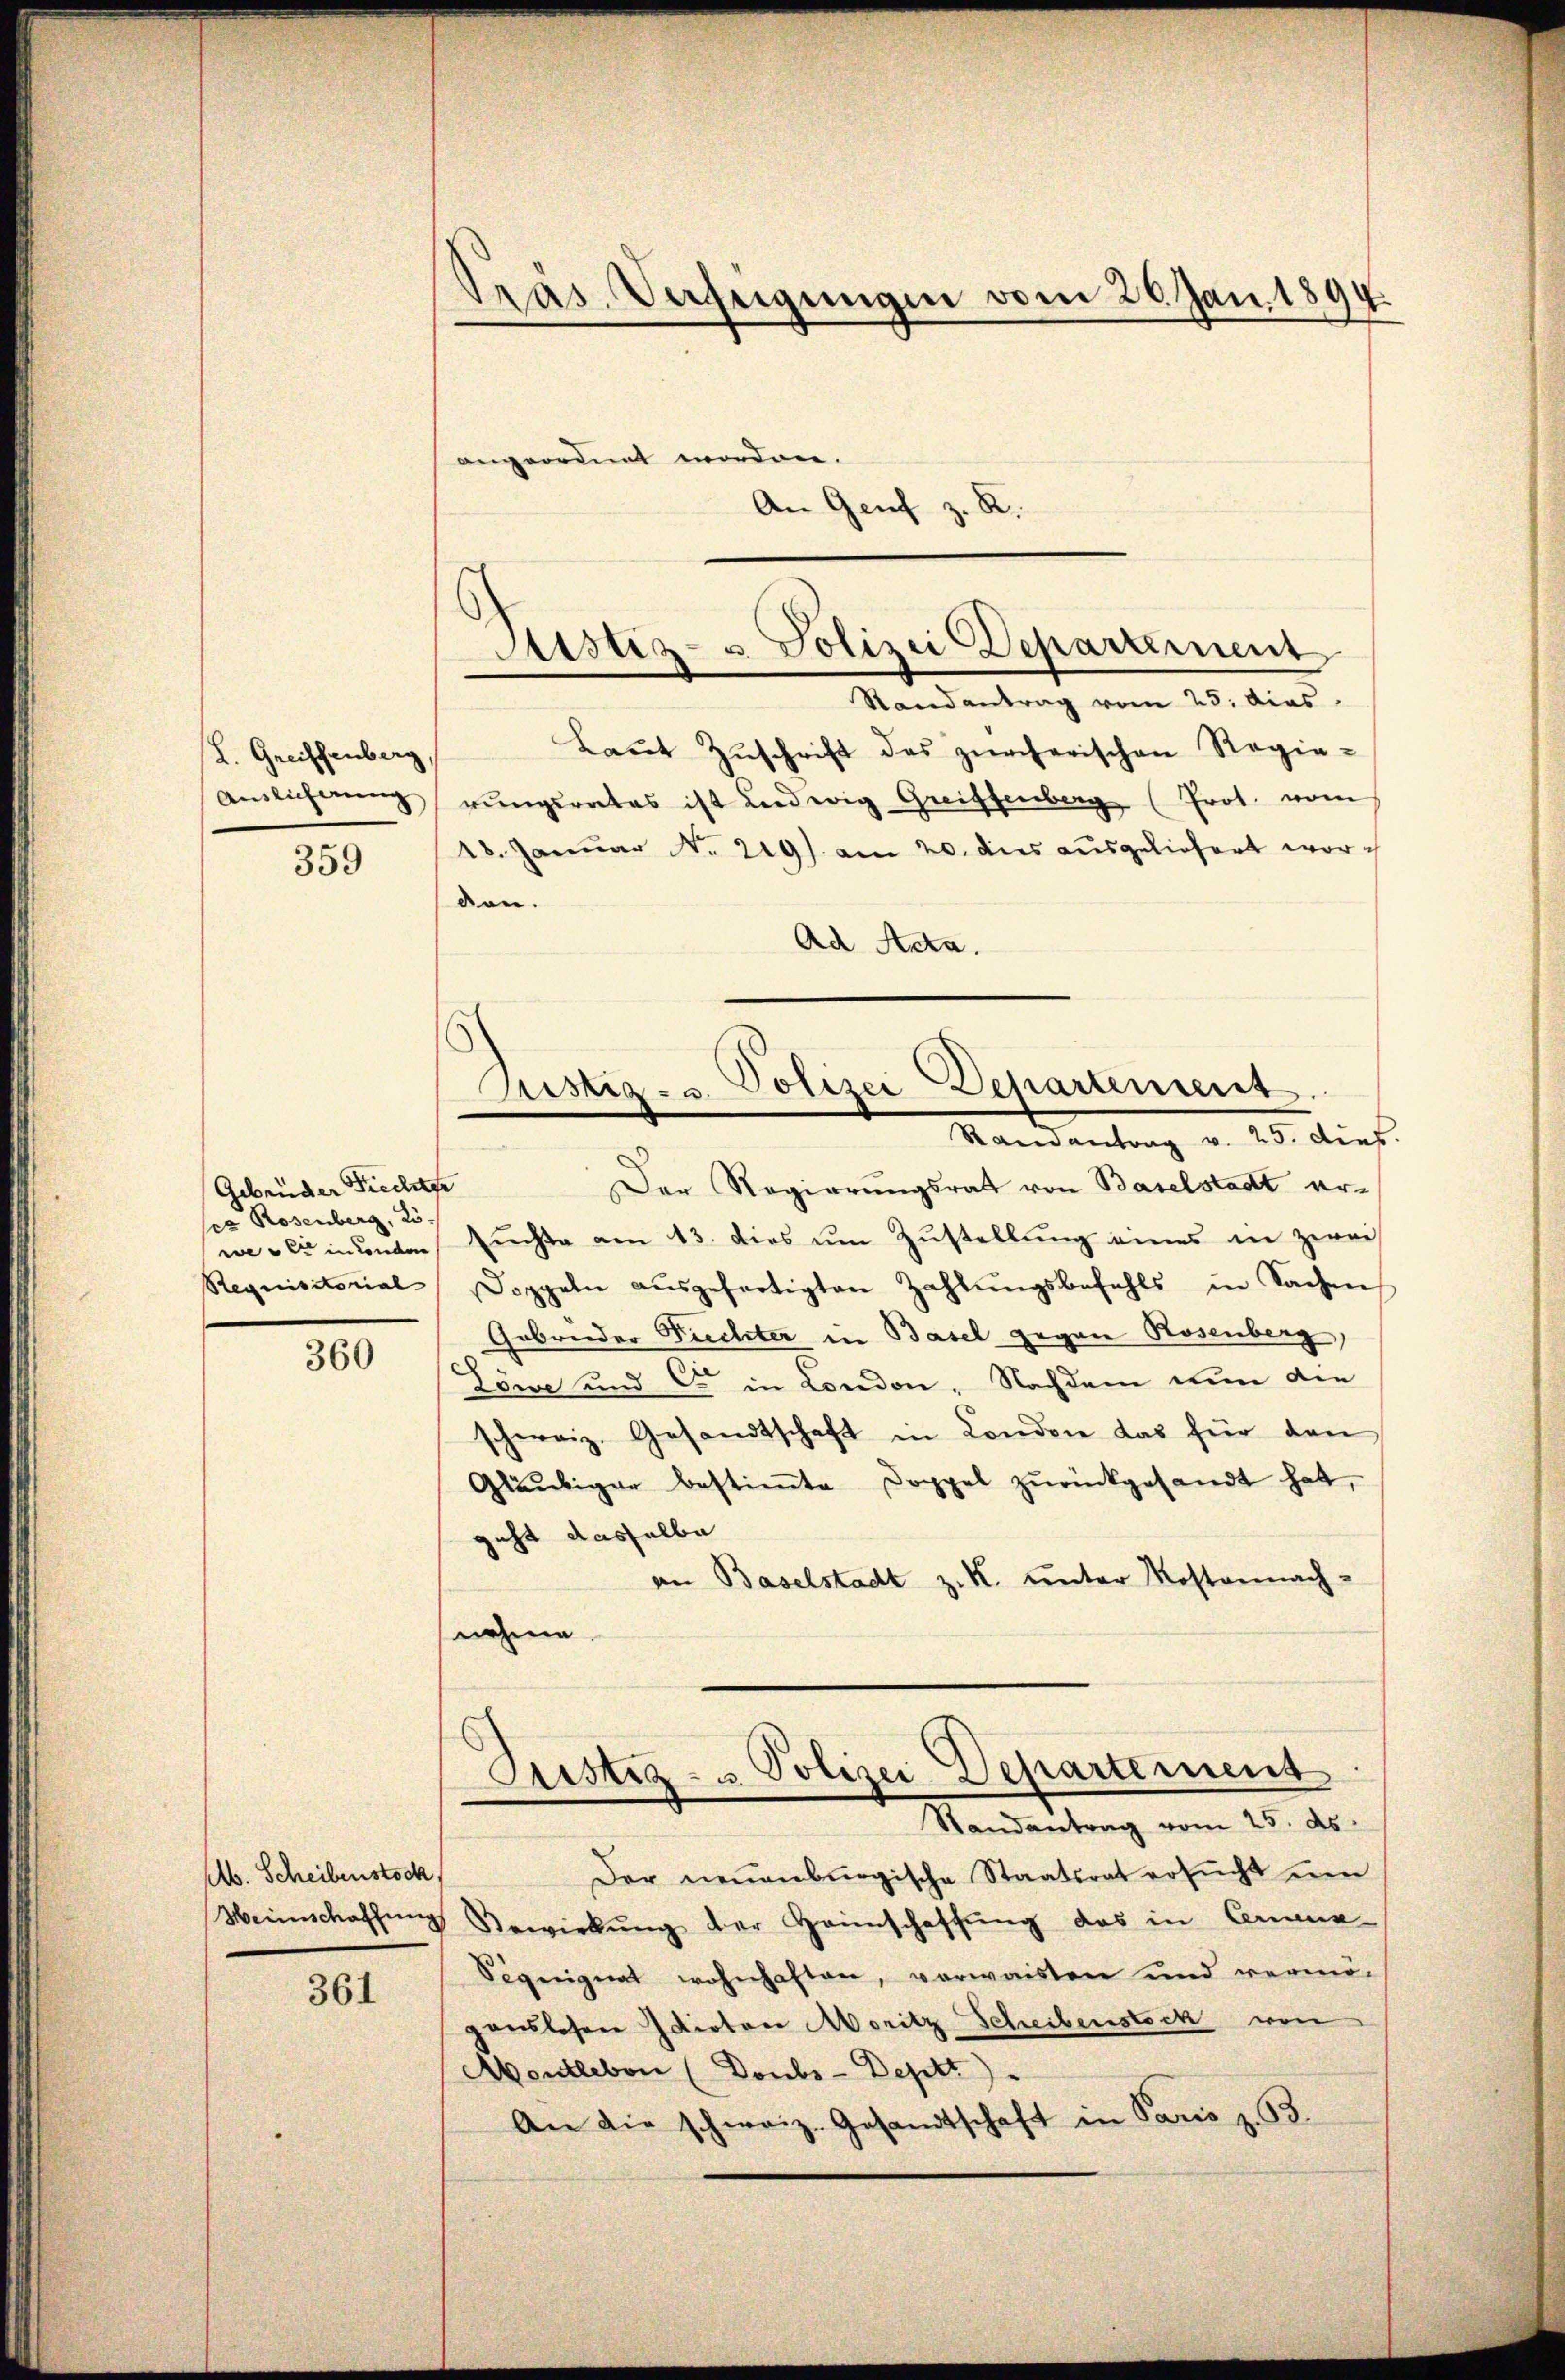
L. Greiffenberg,
Auslicherung

359

Gebrüder Fiechtze
ser Rosenberg, Kö¬

360

Ab. Scheibenstock

361

Präs. Verfeigungen vom 20. Jan. 1894

angeordnet worden.
An Genf z. R.
Randantrag vom 23. dies
Baŭt Zŭschrift des zürcherischen Regie-
rŭngsrates ist Ludwig Greiffenberg (Prot. vom
18. Januar No. 219) am 20. dies ausgeliefert wori
den.
Ad Acta.
Der Regierungsrat von Baselstadt erwesen indenden Zuchte am 13. dies um Zustellung eines in zwei
Requisitorial Doppeln aŭsgefertigten Zahlŭngsbefehls in Sachen
Gebrüder Fichter in Basel gegen Rosenberg,
Löwe und C. in London, Nachdem nun die
schweiz. Gesandtschaft in London das für den
Gläubiger bestiṁte Doppel zŭrückgesandt hat,
geht dasselbe
an Baselstadt z. K. unter Kostennach-
nehme
Justiz- u. Polizei Departement
Randantrag vom 25. ds.
Der neuenburgische Staatsrat ersŭcht um
Weinschaffŭng Bewirkŭng der Heimschaffung das in Creuz
Sigeignet wohnhaften, verwaisten und vermögonslosen Idioten Moritz Scheibenstock von
Montleben (Doubs-Deptt).
An die schweiz. Gesandtschaft in Paris z. B.

c
Justiz- u Polizei Departement

Justiz- u. Polizei Departement.
Samantrag v. 25. dies